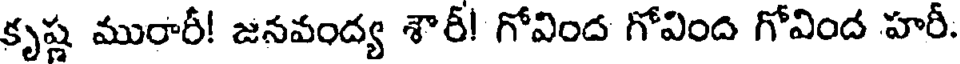
కృష్ణ మురారీ! జనవంద్య శౌరీ! గోవింద గోవింద గోవింద హరీ.